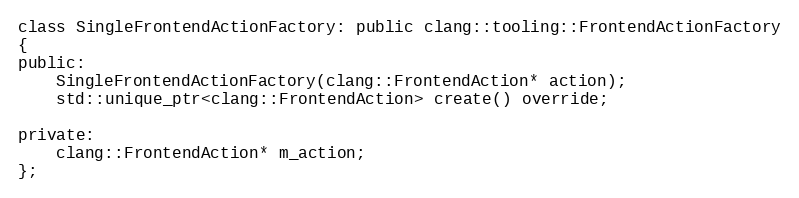
Language: C
class SingleFrontendActionFactory: public clang::tooling::FrontendActionFactory
{
public:
	SingleFrontendActionFactory(clang::FrontendAction* action);
	std::unique_ptr<clang::FrontendAction> create() override;

private:
	clang::FrontendAction* m_action;
};